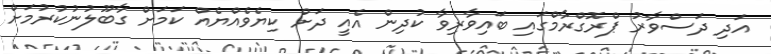
އަދި ދަސްވާރު ޕްރޮގްރާމްގައި ބައިވާރިވާ ކުދިން އެއީ ދަށް ކިޔެވެއްޔެއް ކަމަށް ގާބޫލުނުކުރުމަށް